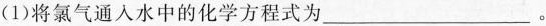
(1)将氯气通入水中的化学方程式为___。